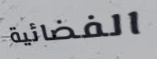
الفضائية